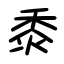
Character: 黍